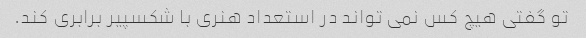
تو گفتی هیچ کس نمی تواند در استعداد هنری با شکسپیر برابری کند.